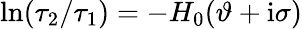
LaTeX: \ln(\tau_{2}/\tau_{1})=-H_{0}(\vartheta+\mathrm{i}\sigma)